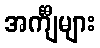
အင်္ကျီများ